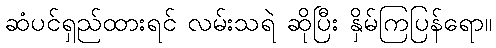
ဆံပင်ရှည်ထားရင် လမ်းသရဲ ဆိုပြီး နှိမ်ကြပြန်ရော။